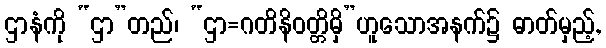
ဌာနံကို “ဌာ”တည်၊ “ဌာ=ဂတိနိဝတ္တိမှိ”ဟူသောအနက်၌ ဓာတ်မှည့်,